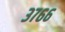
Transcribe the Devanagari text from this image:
३७६६